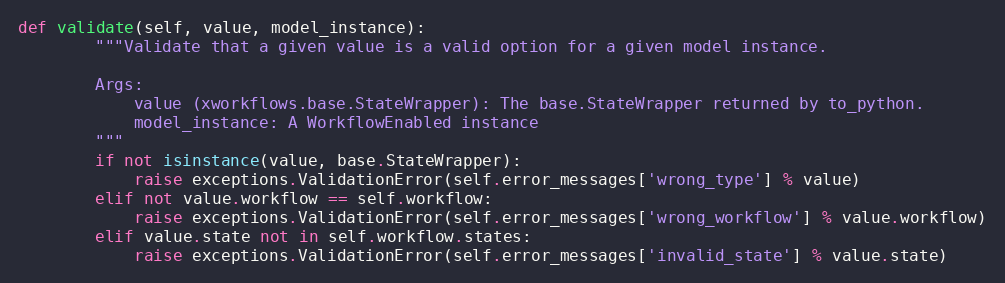
Language: Python
def validate(self, value, model_instance):
        """Validate that a given value is a valid option for a given model instance.

        Args:
            value (xworkflows.base.StateWrapper): The base.StateWrapper returned by to_python.
            model_instance: A WorkflowEnabled instance
        """
        if not isinstance(value, base.StateWrapper):
            raise exceptions.ValidationError(self.error_messages['wrong_type'] % value)
        elif not value.workflow == self.workflow:
            raise exceptions.ValidationError(self.error_messages['wrong_workflow'] % value.workflow)
        elif value.state not in self.workflow.states:
            raise exceptions.ValidationError(self.error_messages['invalid_state'] % value.state)